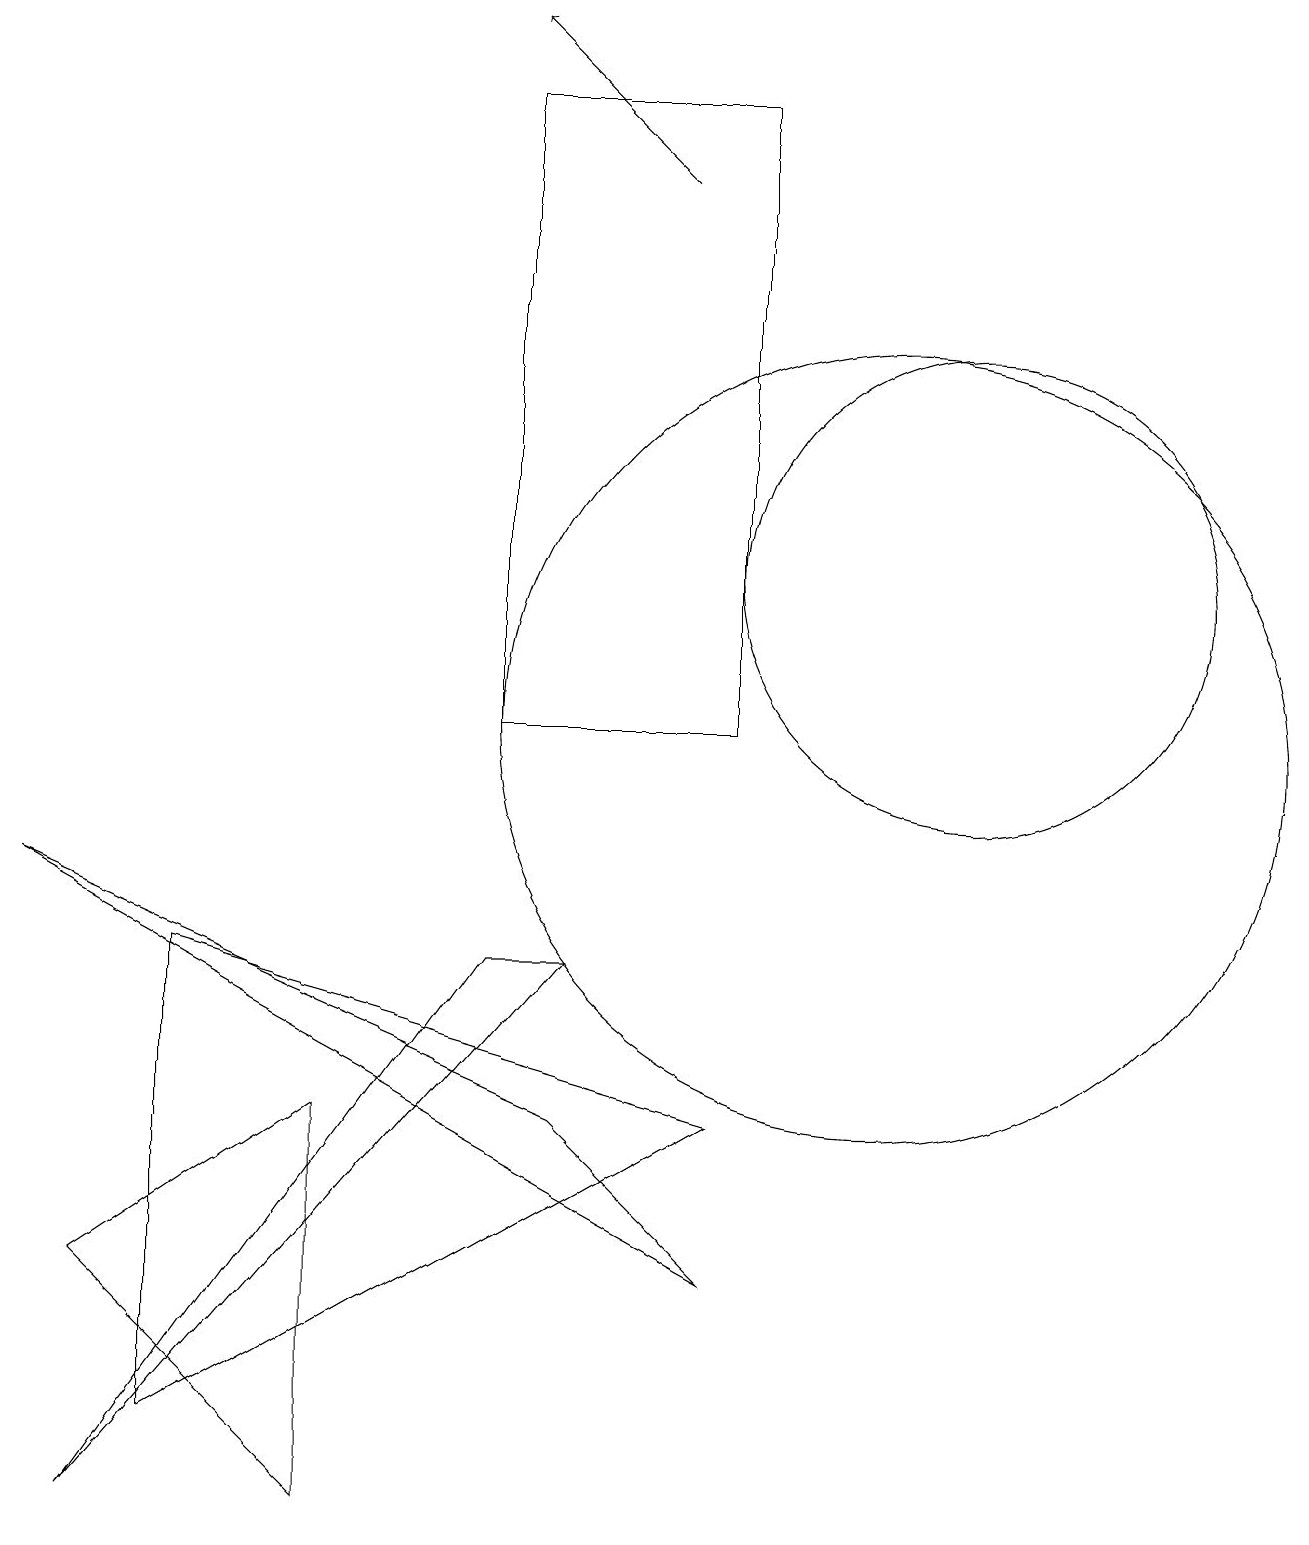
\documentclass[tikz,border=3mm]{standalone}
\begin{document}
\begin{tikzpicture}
\draw (11,10) circle (5);
\draw (0,8) -- (9,3) -- (7,5) -- cycle;
\draw (7,7) -- (1,0) -- (6,7) -- cycle;
\draw (4,0) -- (1,3) -- (4,5) -- cycle;
\draw (6,18) rectangle (9,10);
\draw[->] (8,17) -- (6,19);
\draw (12,12) circle (3);
\draw (9,5) -- (2,7) -- (2,1) -- cycle;
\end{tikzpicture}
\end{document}